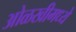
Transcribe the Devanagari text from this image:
ओळखीमध्ये